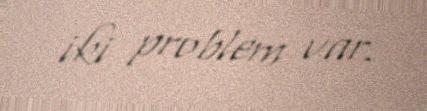
iki problem var.